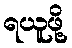
ရယူဖို့